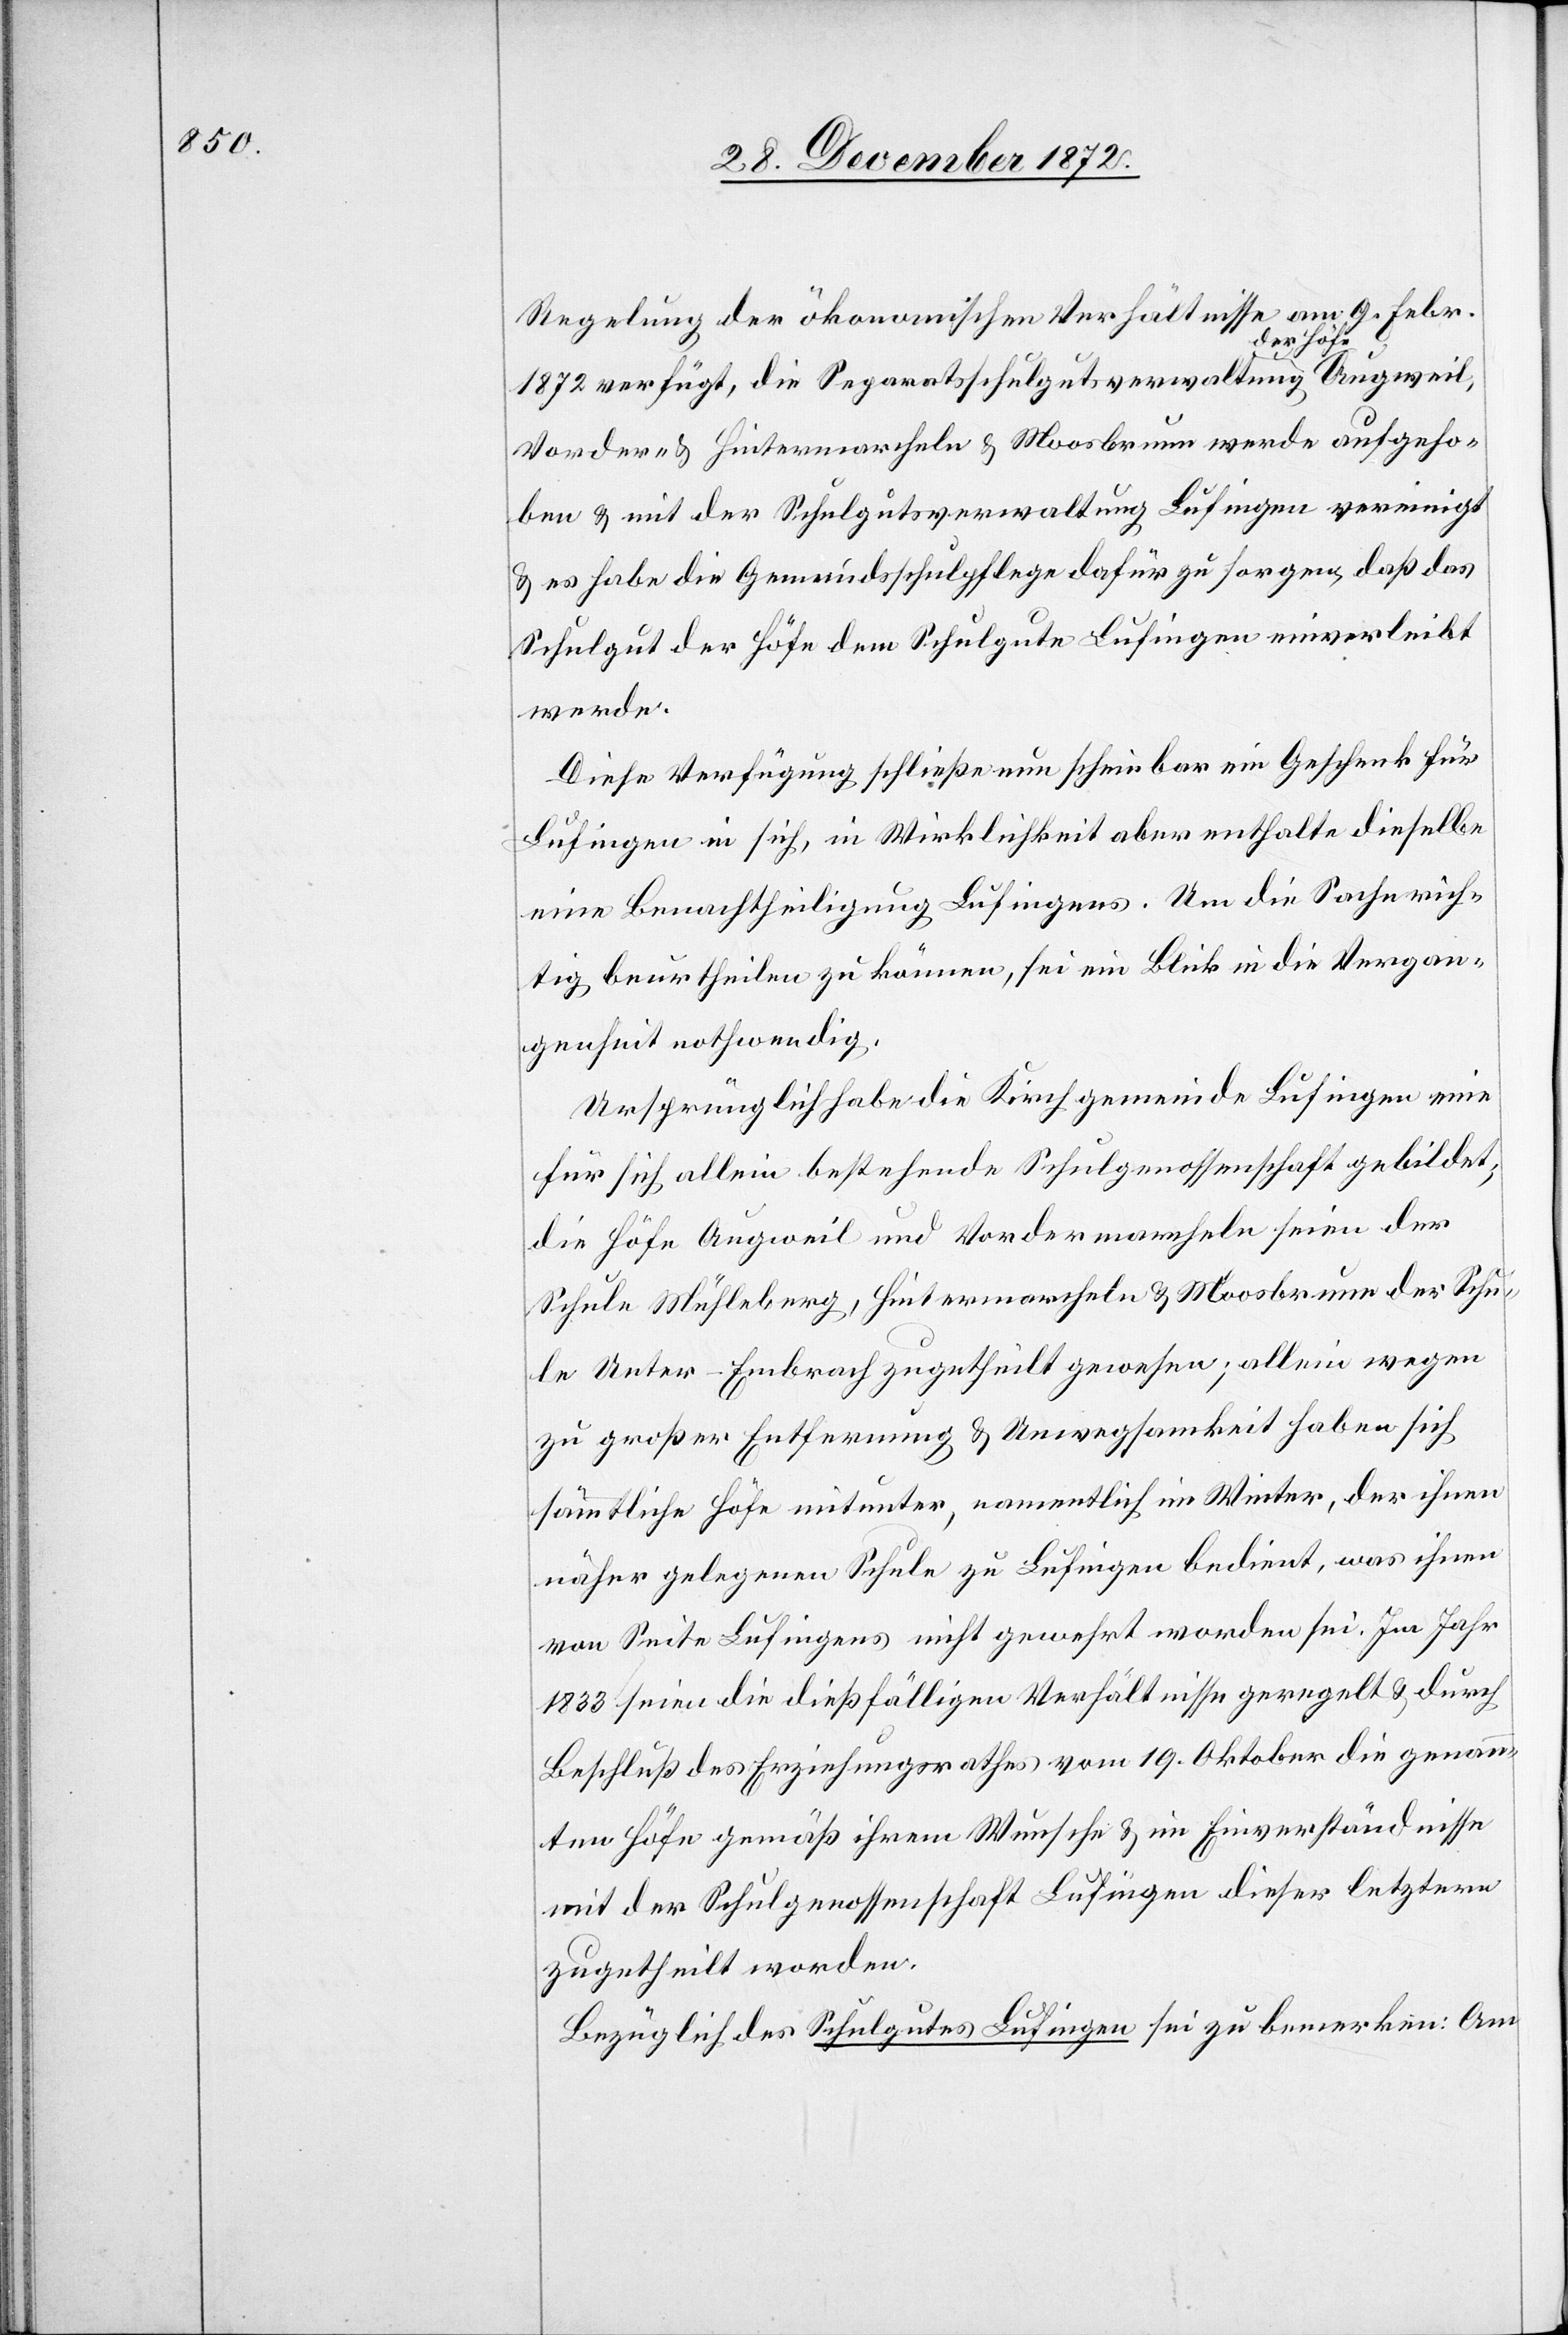
Regelung der ökonomischen Verhältnisse am 9. Febr.
1872 verfügt, die Separatsschulgutsverwaltung der
Vorder- u. Hintermarcheln u. Moosbrunn werde aufgeho¬
ben u. mit der Schulgutsverwaltung Lufingen vereinigt
u. es habe die Gemeindsschulpflege dafür zu sorgen, daß das
Schulgut der Höfe dem Schulgute Lufingen einverleibt
werde.
Diese Verfügung schließe nun scheinbar ein Geschenk für
Lufingen in sich, in Wirklichkeit aber enthalte dieselbe
eine Benachtheiligung Lufingens. Um die Sache rich¬
tig beurtheilen zu können, sei ein Blick in die Vergan¬
genheit nothwendig.
Ursprünglich habe die Kirchgemeinde Lufingen eine
für sich allein bestehende Schulgenossenschaft gebildet;
die Höfe Augweil und Vordermarcheln seien der
Schule Mühleberg, Hintermarcheln u. Mossbrunn der Schu¬
le Unter-Embrach zugetheilt gewesen; allein wegen
zu großer Entfernung u. Unwegsamkeit haben sich
sämmtliche Höfe mitunter, namentlich im Winter, der ihnen
näher gelegenen Schule zu Lufingen bedient, was ihnen
von Seite Lufingens nicht gewehrt worden sei. Im Jahr
1833 seien die dießfälligen Verhältnisse geregelt u. durch
Beschluß des Erziehungsrathes vom 19. Oktober die genann¬
ten Höfe gemäß ihrem Wunsche u. im Einverständnisse
mit der Schulgenossenschaft Lufingen dieser letztern
zugetheilt worden.
Bezüglich des Schulgutes Lufingen sei zu bemerken: Am